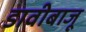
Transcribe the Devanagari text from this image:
डावीबाजू